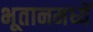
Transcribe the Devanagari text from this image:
भूतानमध्यें